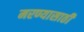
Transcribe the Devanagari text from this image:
मरण्यासाठी